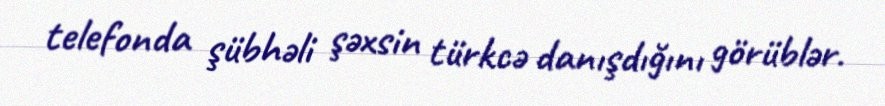
telefonda şübhəli şəxsin türkcə danışdığını görüblər.